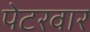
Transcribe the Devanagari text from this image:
पेटरवार